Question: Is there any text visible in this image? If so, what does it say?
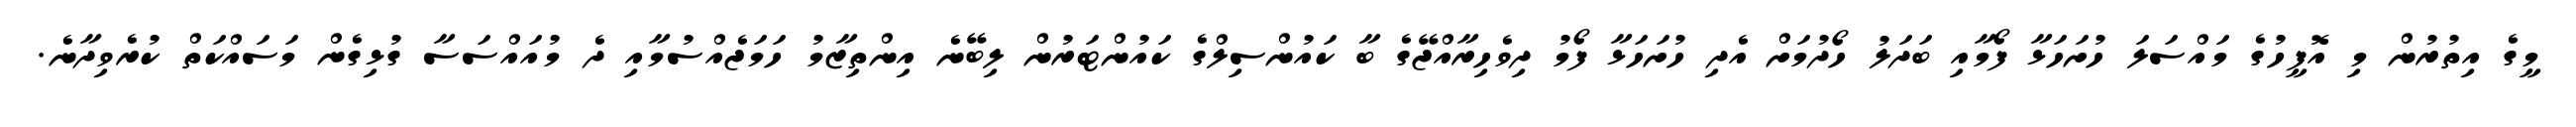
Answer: މީގެ އިތުރުން މި އޮފީހުގެ މައްސަލަ ހުށަހަޅާ ފޯމާއި ބަދަލު ހޯދުމަށް އެދި ހުށަހަޅާ ފޯމު ދިވެހިރާއްޖޭގެ ބާ ކައުންސިލްގެ ކައުންޓަރުން ލިބޭނެ އިންތިޒާމު ހަމަޖެއްސުމާއި ދެ މުއައްސަސާ ގުޅިގެން މަސައްކަތް ކުރެވިދާނެ.